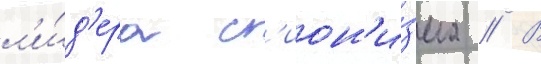
л'и́д'ера с'ион'и́зма // В